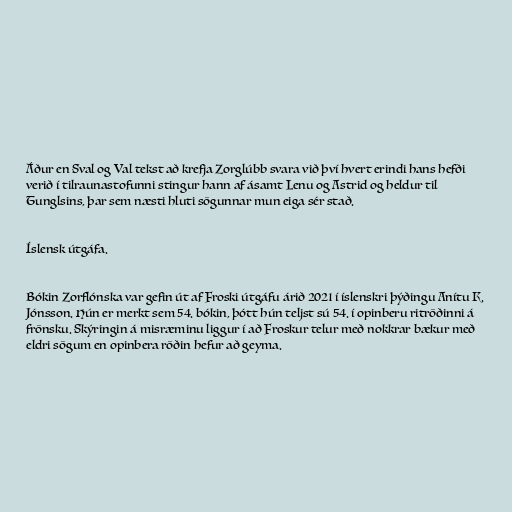
Áður en Sval og Val tekst að krefja Zorglúbb svara við því hvert erindi hans hefði
verið í tilraunastofunni stingur hann af ásamt Lenu og Astrid og heldur til
Tunglsins, þar sem næsti hluti sögunnar mun eiga sér stað.

Íslensk útgáfa.

Bókin Zorflónska var gefin út af Froski útgáfu árið 2021 í íslenskri þýðingu Anítu K.
Jónsson. Hún er merkt sem 54. bókin, þótt hún teljst sú 54. í opinberu ritröðinni á
frönsku. Skýringin á misræminu liggur í að Froskur telur með nokkrar bækur með
eldri sögum en opinbera röðin hefur að geyma.